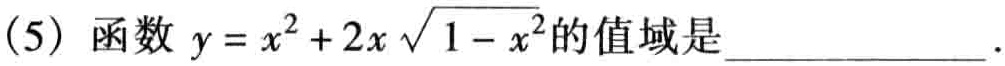
(5) 函数 \(y = x^{2}+2x\sqrt{1 - x^{2}}\) 的值域是________________.